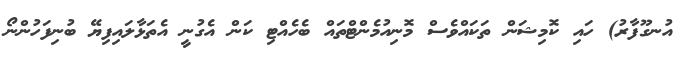
އުނގޫފާރު) ހައި ކޮމިޝަން ތަކައްވެސް މޮނިއުމެންޓްތައް ބެހެއްޓި ކަން އެގުނީ އެތަޅާލައިފިޔޭ ބުނިފަހުންނޯ